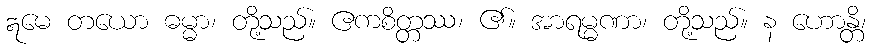
ဣမေ တယော ဓမ္မာ၊ တို့သည်။ ဧကစိတ္တဿ၊ ၏။ အာရမ္မဏာ၊ တို့သည်။ န ဟောန္တိ၊